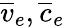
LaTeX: \overline{{v}}_{e},\overline{{c}}_{e}